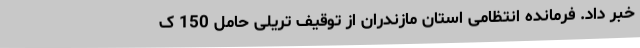
خبر داد. فرمانده انتظامی استان مازندران از توقیف تریلی حامل 150 ک